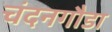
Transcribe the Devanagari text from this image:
चंदनगौडा